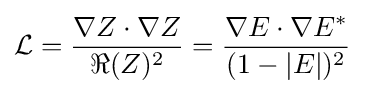
{\mathcal {L}}={\frac {\nabla Z\cdot \nabla Z}{\Re (Z)^{2}}}={\frac {\nabla E\cdot \nabla E^{*}}{(1-|E|)^{2}}}